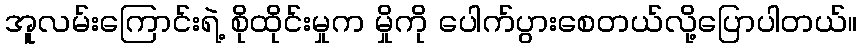
အူလမ်းကြောင်းရဲ့ စိုထိုင်းမှုက မှိုကို ပေါက်ပွားစေတယ်လို့ပြောပါတယ်။